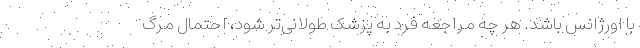
با اورژانس باشد. هر چه مراجعه فرد به پزشک طولانی‌تر شود، احتمال مرگ